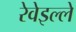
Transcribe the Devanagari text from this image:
रेवेइल्ले